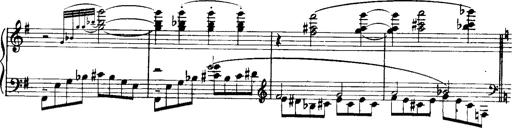
Title: Historische ungarische Bildnisse
Composer: Franz Liszt